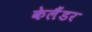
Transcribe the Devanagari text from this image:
केलैंडर